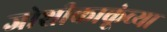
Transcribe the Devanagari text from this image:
जोशीकाकूंच्या